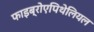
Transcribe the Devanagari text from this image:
फाइब्रोएपिथेलियल